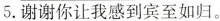
5.谢谢你让我感到宾至如归。